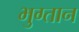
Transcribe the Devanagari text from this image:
भुग्तान